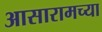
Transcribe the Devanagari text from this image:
आसारामच्या